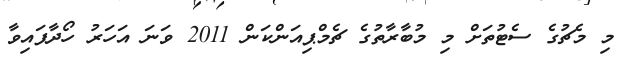
މި މެޗުގެ ސެޓުތަށް މި މުބާރާތުގެ ޗެމްޕިއަންކަން 2011 ވަނަ އަހަރު ހޯދާފައިވާ